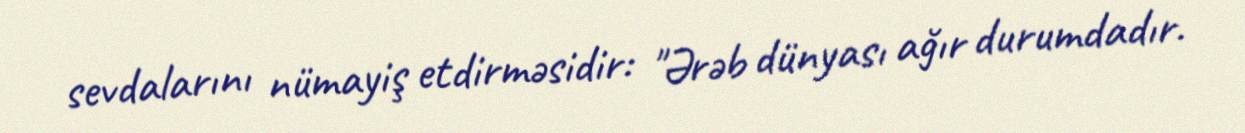
sevdalarını nümayiş etdirməsidir: "Ərəb dünyası ağır durumdadır.